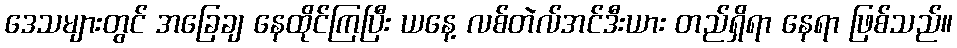
ဒေသများတွင် အခြေချ နေထိုင်ကြပြီး ယနေ့ လစ်တဲလ်အင်ဒီးယား တည်ရှိရာ နေရာ ဖြစ်သည်။